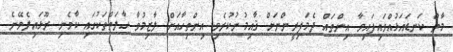
މާތް ކަނޑައަޅުއްވައިފައިވާ އިންތައް ދެމަފިރީންނަށް ޤާއިމުނުކުރެވި އިންތިހާއަށް ލާޒިމުވާ ޙާލަތްތަކުގައި ކާވެނި ރޫޅައިލެވޭނެ